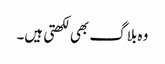
وہ بلاگ بھی لکھتی ہیں۔